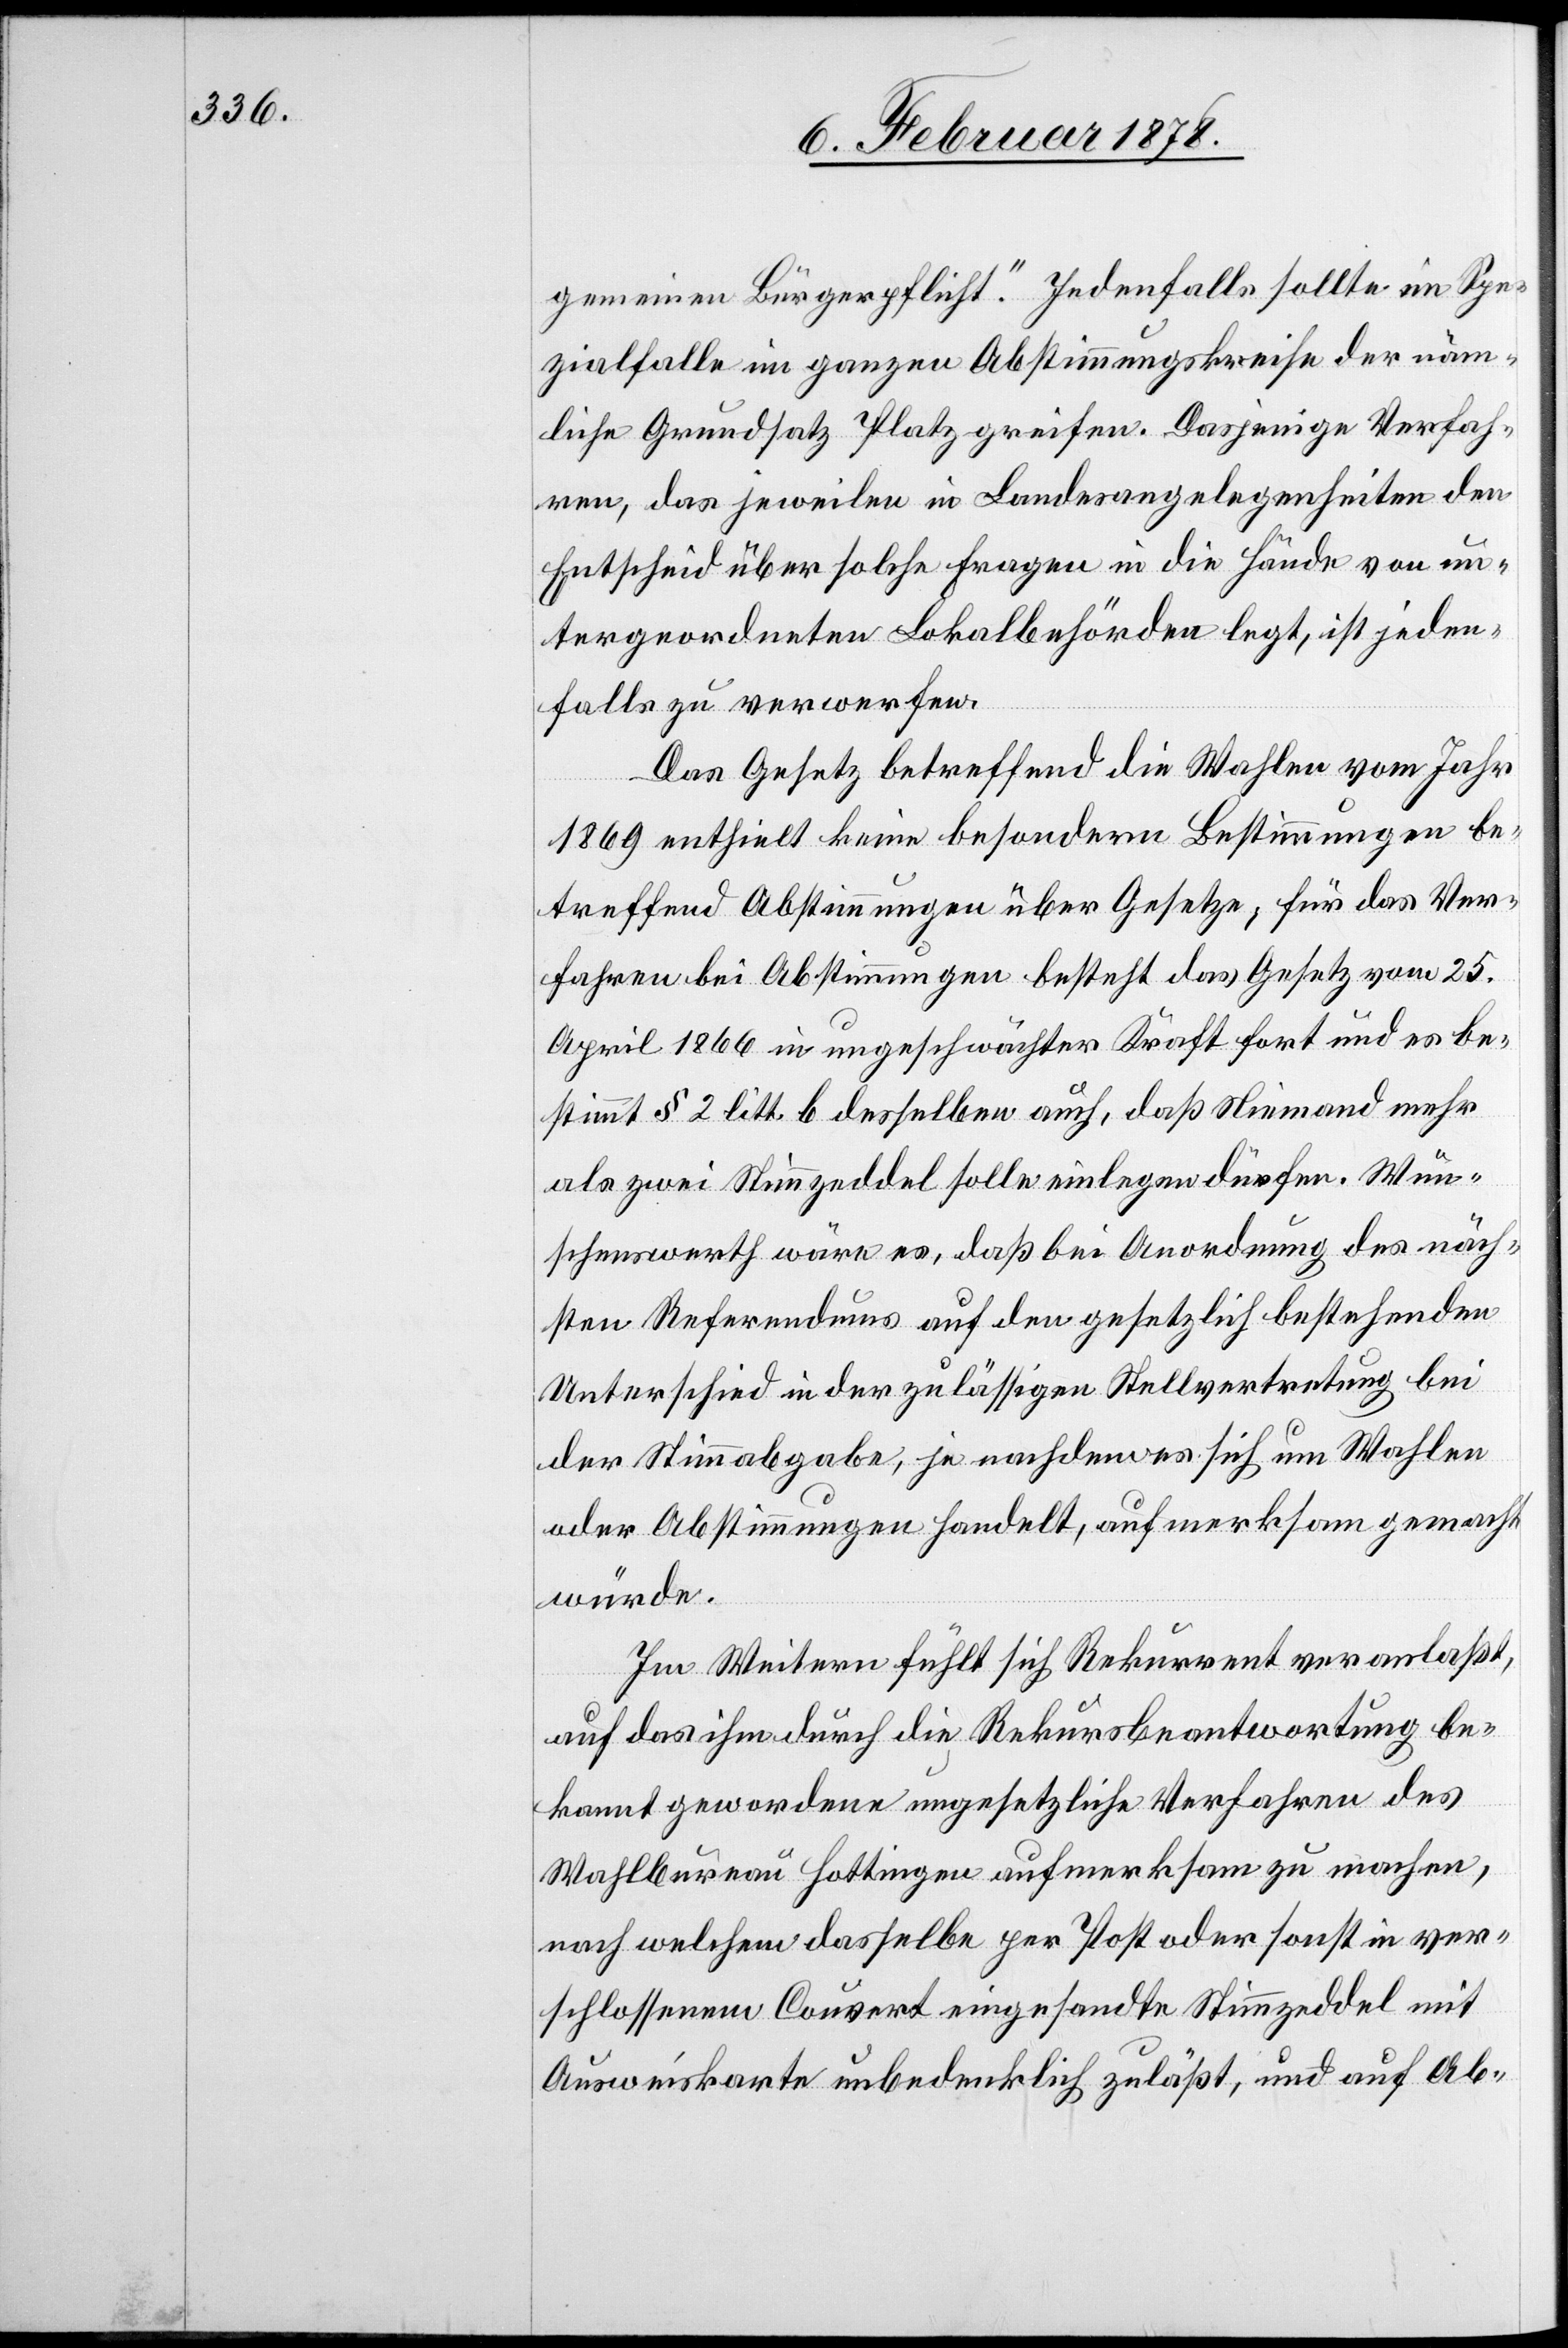
gemeinen Bürgerpflicht“. Jedenfalls sollte im Spe¬
zialfalle im ganzen Abstimmungskreise der näm¬
liche Grundsatz Platz greifen. Dasjenige Verfah¬
ren, das jeweilen in Bundesangelegenheiten den
Entscheid über solche Fragen in die Hände von un¬
tergeordneten Lokalbehörden legt, ist jeden¬
falls zu verwerfen.
Das Gesetz betreffend die Wahlen vom Jahr
1869 enthielt keine besondern Bestimmungen be¬
treffend Abstimmungen über Gesetze, für das Ver¬
fahren bei Abstimmungen besteht das Gesetz vom 25.
April 1868 in ungeschwächter Kraft fort und es be¬
stimmt § 2 litt. b. desselben auch, daß Niemand mehr
als zwei Stimmzeddel solle einlegen dürfen. Wün¬
schenswerth wäre es, daß bei Anordnung des näch¬
sten Referendums auf den gesetzlich bestehenden
Unterschied in der zulässigen Stellvertretung bei
der Stimmabgabe, je nachdem es sich um Wahlen
oder Abstimmungen handelt, aufmerksam gemacht
würde.
In Weitern fühlt sich Rekurrent veranlaßt
auf das ihm durch die Rekursbeantwortung be¬
kannt gewordene ungesetzliche Verfahren des
Wahlbureau Hottingen aufmerksam zu machen,
nach welchem dasselbe per Post oder sonst in ver¬
schlossenem Couvert eingesandte Stimmzeddel mit
Ausweiskarte unbedenklich zuläßt, und auf Ab-